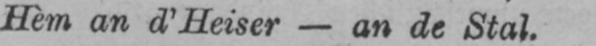
Hèm an d’Heiser - an de Stal.